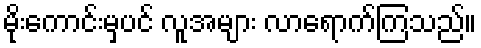
မိုးကောင်းမှပင် လူအများ လာရောက်ကြသည်။